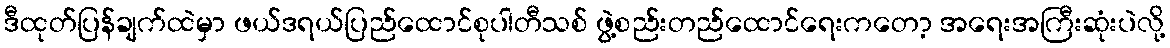
ဒီထုတ်ပြန်ချက်ထဲမှာ ဖယ်ဒရယ်ပြည်ထောင်စုပါတီသစ် ဖွဲ့စည်းတည်ထောင်ရေးကတော့ အရေးအကြီးဆုံးပဲလို့